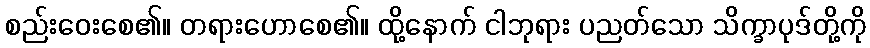
စည်းဝေးစေ၏။ တရားဟောစေ၏။ ထို့နောက် ငါဘုရား ပညတ်သော သိက္ခာပုဒ်တို့ကို